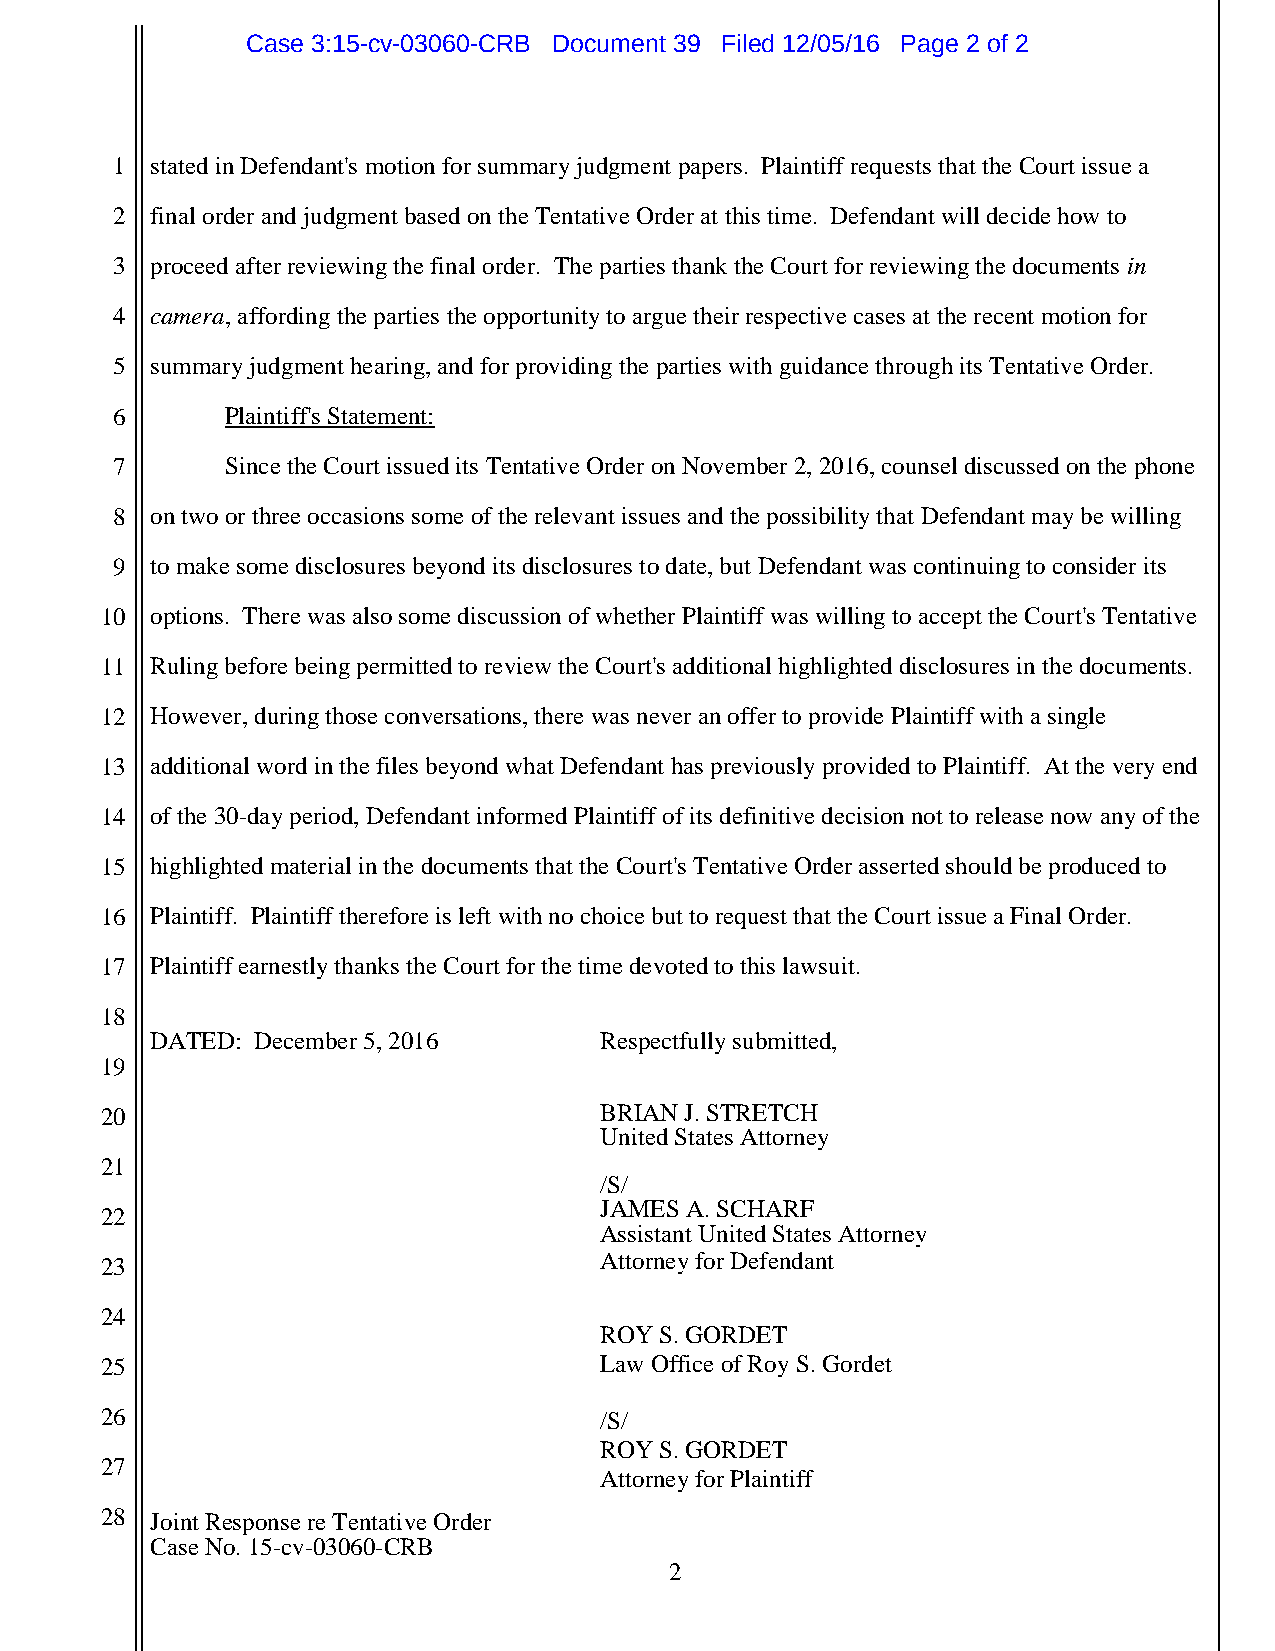
Case 3:15-cv-03060-CRB Document 39 Filed 12/05/16 Page 2 of 2
 1  stated in Defendant's motion for summary judgment papers. Plaintiff requests that the Court issue a
 2  final order and judgment based on the Tentative Order at this time. Defendant will decide how to
 3  proceed after reviewing the final order. The parties thank the Court for reviewing the documents in
 4  camera, affording the parties the opportunity to argue their respective cases at the recent motion for
 5  summary judgment hearing, and for providing the parties with guidance through its Tentative Order.
 6       Plaintiff's Statement:
 7       Since the Court issued its Tentative Order on November 2, 2016, counsel discussed on the phone
 8  on two or three occasions some of the relevant issues and the possibility that Defendant may be willing
 9  to make some disclosures beyond its disclosures to date, but Defendant was continuing to consider its
 10 options. There was also some discussion of whether Plaintiff was willing to accept the Court's Tentative
 11 Ruling before being permitted to review the Court's additional highlighted disclosures in the documents.
 12 However, during those conversations, there was never an offer to provide Plaintiff with a single
 13 additional word in the files beyond what Defendant has previously provided to Plaintiff. At the very end
 14 of the 30-day period, Defendant informed Plaintiff of its definitive decision not to release now any of the
 15 highlighted material in the documents that the Court's Tentative Order asserted should be produced to
 16 Plaintiff. Plaintiff therefore is left with no choice but to request that the Court issue a Final Order.
 17 Plaintiff earnestly thanks the Court for the time devoted to this lawsuit.
 18
 DATED: December 5, 2016       Respectfully submitted,
 19
 20                               BRIAN J. STRETCH
 United States Attorney
 21
 /S/
 JAMES A. SCHARF
 22
 Assistant United States Attorney
 Attorney for Defendant
 23
 24
 ROY S. GORDET
 25                               Law Office of Roy S. Gordet
 26                               /S/
 ROY S. GORDET
 27
 Attorney for Plaintiff
 28 Joint Response re Tentative Order
 Case No. 15-cv-03060-CRB
 2